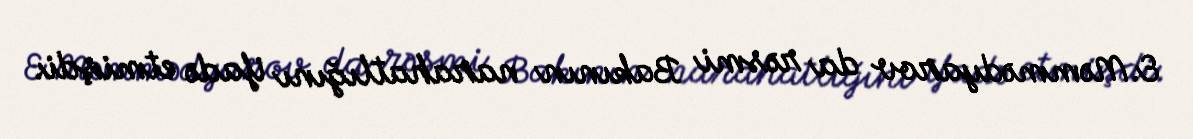
E.Məmmədyarov da rəsmi Bakının narahatlığını ifadə etmişdi.